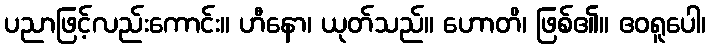
ပညာဖြင့်လည်းကောင်း။ ဟီနော၊ ယုတ်သည်။ ဟောတိ၊ ဖြစ်၏။ ဧဝရူပေါ၊